Medical and sanitary report of the native army of Bengal for the year
Year: 1877
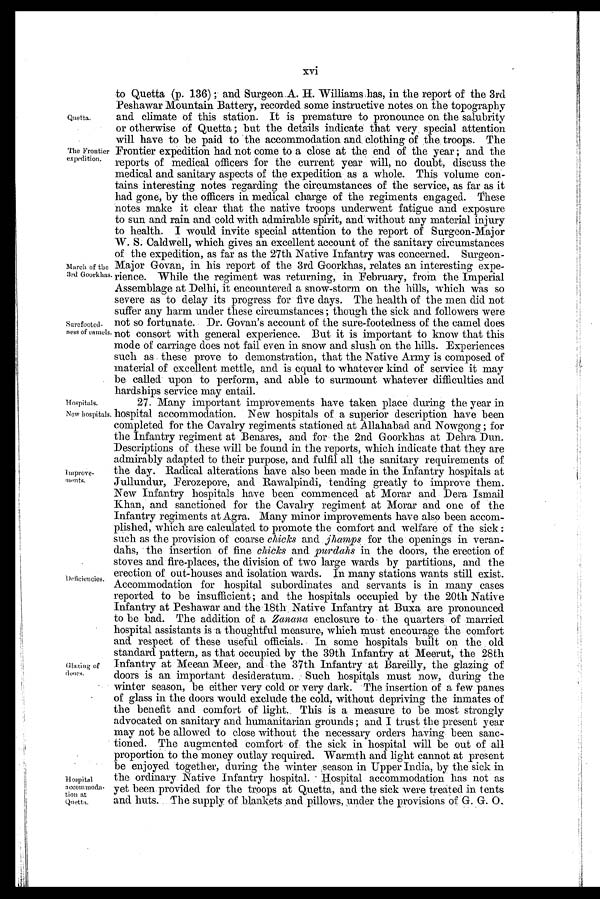
Quetta.
The Frontier
expedition.
March of the
3rd Goorkhas.
Surefooted-
- ness of camels
Hospitals.
New hospitals.
Improve-ment.
Deficiencies.
Hospital
accommoda-
tion at
Quetta.
xvi
to Quetta (p. 136) ; and Surgeon A. H. Williams has, in the report of the 3rd
Peshawar Mountain Battery, recorded some instructive notes on the topography
and climate of this station. It is premature to pronounce on the salubrity
or otherwise of Quetta ; but the details indicate that very special attention
will have to be paid to the accommodation and clothing of the troops. The
Frontier expedition had not come to a close at the end of the year ; and the
reports of medical officers for the current year will, no doubt, discuss the
medical and sanitary aspects of the expedition as a whole. This volume con-
tains interesting notes regarding the circumstances of the service, as far as it
had gone, by the officers in medical charge of the regiments engaged. These
notes make it clear that the native troops underwent fatigue and exposure
to sun and rain and cold with admirable spirit, and without any material injury
to health. I would invite special attention to the report of Surgeon-Major
W. S. Caldwell, which gives an excellent account of the sanitary circumstances
of the expedition, as far as the 27th Native Infantry was concerned. Surgeon-
Major Govan, in his report of the 3rd Goorkhas, relates an interesting expe-
rience. While the regiment was returning, in February, from the Imperial
Assemblage at Delhi, it encountered a snow-storm on the hills, which was so
severe as to delay its progress for five days. The health of the men did not
suffer any harm under these circumstances ; though the sick and followers were
not so fortunate. Dr. Govan's account of the sure-footedness of the camel does
not consort with general experience. But it is important to know that this
mode of carriage does not fail even in snow and slush on the hills. Experiences
such as these prove to demonstration, that the Native Army is composed of
material of excellent mettle, and is equal to whatever kind of service it may
be called upon to perform, and able to surmount whatever difficulties and
hardships service may entail.
27. Many important improvements have taken place during the year in
hospital accommodation. New hospitals of a superior description have been
completed for the Cavalry regiments stationed at Allahabad and Nowgong ; for
the Infantry regiment at Benares, and for the 2nd Goorkhas at Dehra Dun.
Descriptions of these will be found in the reports, which indicate that they are
admirably adapted to their purpose, and fulfil all the sanitary requirements of
the day. Radical alterations have also been made in the Infantry hospitals at
Jullundur, Ferozepore, and Rawalpindi, tending greatly to improve them.
New Infantry hospitals have been commenced at Morar and Dera Ismail
Khan, and sanctioned for the Cavalry regiment at Morar and one of the
Infantry regiments at Agra. Many minor improvements have also been accom-
plished, which are calculated to promote the comfort and welfare of the sick :
such as the provision of coarse chicks and jhamps for the openings in veran-
dahs, the insertion of fine chicks and purdahs in the doors, the erection of
stoves and fire-places, the division of two large wards by partitions, and the
erection of out-houses and isolation wards. In many stations wants still exist.
Accommodation for hospital subordinates and servants is in many cases
reported to be insufficient ; and the hospitals occupied by the 20th Native
Infantry at Peshawar and the 18th Native Infantry at Buxa are pronounced
to be bad. The addition of a Zanana enclosure to the quarters of married
hospital assistants is a thoughtful measure, which must encourage the comfort
and respect of these useful officials. In some hospitals built on the old
standard pattern, as that occupied by the 39th Infantry at Meerut, the 28th
winter season, be either very cold or very dark. The insertion of a few panes
of glass in the doors would exclude the cold, without depriving the inmates of
the benefit and comfort of light. This is a measure to be most strongly
advocated on sanitary and humanitarian grounds ; and I trust the present year
may not be allowed to close without the necessary orders having been sanc-
tioned. The augmented comfort of the sick in hospital will be out of all
proportion to the money outlay required. Warmth and light cannot at present
be enjoyed together, during the winter season in Upper India, by the sick in
the ordinary. Native Infantry hospital. Hopital accommodation has not as
yet been provided for the troops at Quetta, and the sick were treated in tents
and huts. The supply of blankets and pillows, under the provisions of G. G. 0.